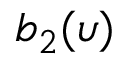
b _ { 2 } ( \upsilon )